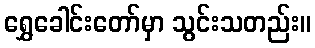
ရွှေခေါင်းတော်မှာ သွင်းသတည်း။